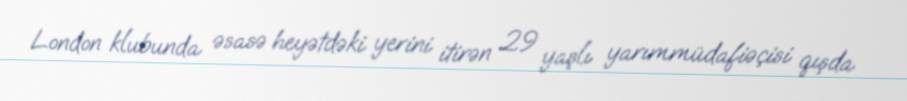
London klubunda əsasə heyətdəki yerini itirən 29 yaşlı yarımmüdafiəçisi qışda